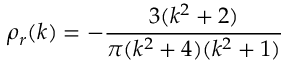
\rho _ { r } ( k ) = - { \frac { 3 ( k ^ { 2 } + 2 ) } { \pi ( k ^ { 2 } + 4 ) ( k ^ { 2 } + 1 ) } }